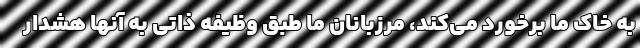
به خاک ما برخورد می‌کند، مرزبانان ما طبق وظیفه ذاتی به آنها هشدار